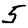
Digit: 5